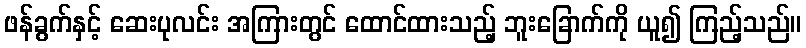
ဖန်ခွက်နှင့် ဆေးပုလင်း အကြားတွင် ထောင်ထားသည့် ဘူးခြောက်ကို ယူ၍ ကြည့်သည်။